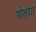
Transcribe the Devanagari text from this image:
गोलंदार